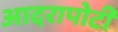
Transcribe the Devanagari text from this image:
आदरापोटी